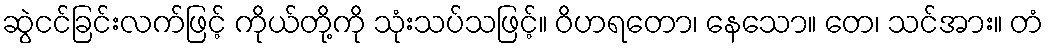
ဆွဲငင်ခြင်းလက်ဖြင့် ကိုယ်တို့ကို သုံးသပ်သဖြင့်။ ဝိဟရတော၊ နေသော။ တေ၊ သင်အား။ တံ